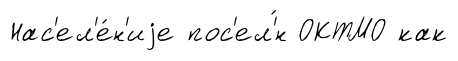
Нас'ел'е́н'иjе пос'ел'́н ОКТМО как